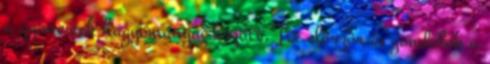
a gyimesiek hagyományai között. Itt először is gondolok a